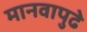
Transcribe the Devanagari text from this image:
मानवापुढे